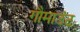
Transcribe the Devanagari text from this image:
गौमाउंट